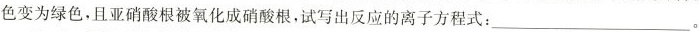
色变为绿色，且亚硝酸根被氧化成硝酸根，试写出反应的离子方程式：____ 。